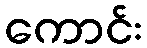
ကောင်း